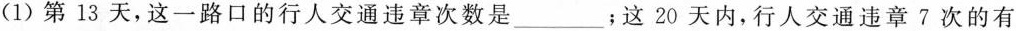
(1)第13天，这一路口的行人交通违章次数是___；这20天内，行人交通违章7次的有